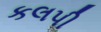
કલપી